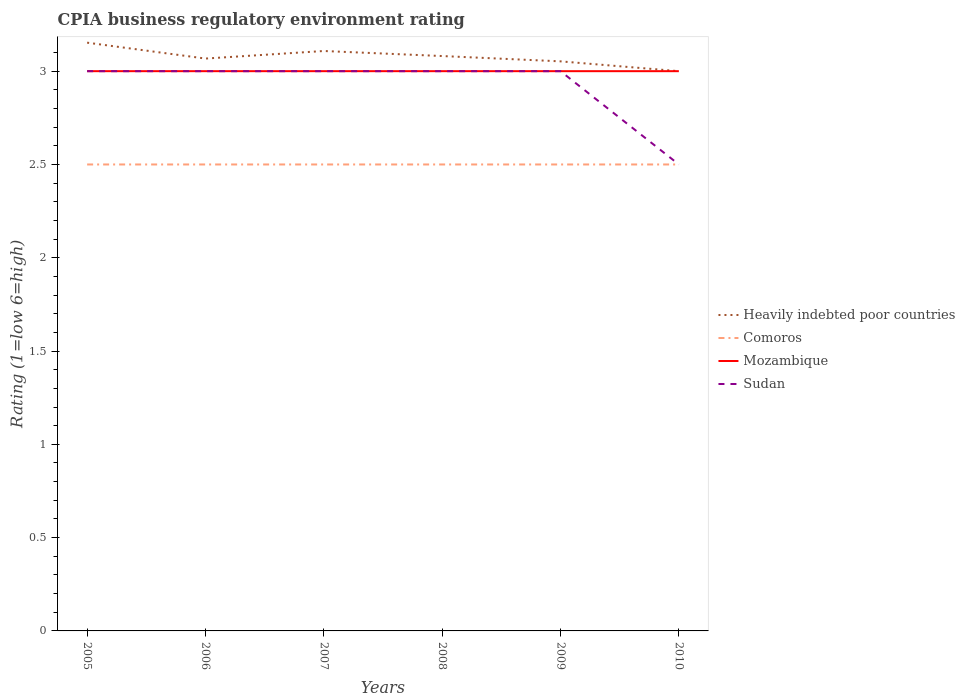
| Years | Heavily indebted poor countries | Comoros | Mozambique | Sudan |
 | --- | --- | --- | --- | --- |
 | 2005 | 3.15 | 2.5 | 3 | 3 |
 | 2006 | 3.07 | 2.5 | 3 | 3 |
 | 2007 | 3.11 | 2.5 | 3 | 3 |
 | 2008 | 3.08 | 2.5 | 3 | 3 |
 | 2009 | 3.05 | 2.5 | 3 | 3 |
 | 2010 | 3 | 2.5 | 3 | 2.5 |